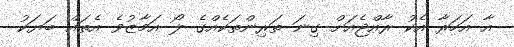
އާ އަހަރާ އެކު ރާއްޖެއަށް ގިނަ ތަރިންތަކެއްގެ ލޯ އަމާޒުވެ އެތައް ބަޔަކު